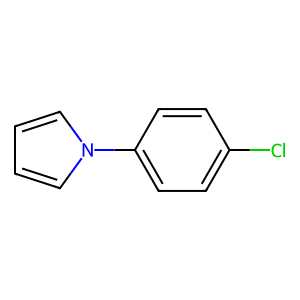
SMILES: Clc1ccc(-n2cccc2)cc1
Inhibits HIV replication: No